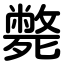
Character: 斃